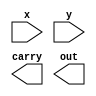
module adder_gate(x, y, carry, out);
input [7:0] x, y;
output carry;
output [7:0] out;

/*Write your code here*/


/*End of code*/

endmodule